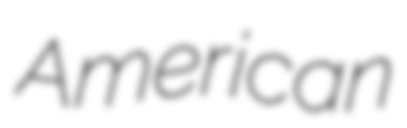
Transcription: American